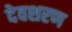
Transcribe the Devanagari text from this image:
देवशरण